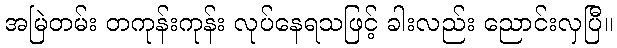
အမြဲတမ်း တကုန်းကုန်း လုပ်နေရသဖြင့် ခါးလည်း ညောင်းလှပြီ။